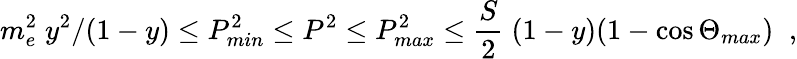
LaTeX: m_{e}^{2}\; y^{2}/(1-y)\le P_{min}^{2}\le P^{2}\le P_{max}^{2}\le\frac{S}{2}\; (1-y)(1-\cos\Theta_{max})\; \; ,